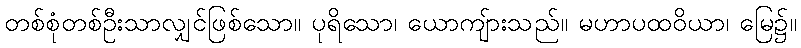
တစ်စုံတစ်ဦးသာလျှင်ဖြစ်သော။ ပုရိသော၊ ယောကျ်ားသည်။ မဟာပထဝိယာ၊ မြေ၌။